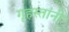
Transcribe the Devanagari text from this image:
गृहस्तांनी